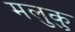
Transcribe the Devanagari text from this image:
मलुकु